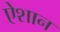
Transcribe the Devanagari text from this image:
ऐशान